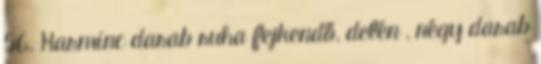
56. Harminc darab ruha fejkendő, delén , négy darab